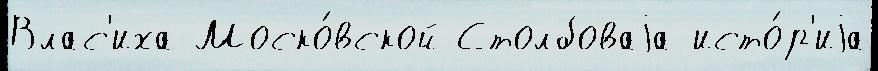
Влас'иха Моско́вской Столбоваjа исто́р'иjа